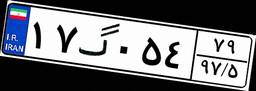
۱۷گ۰۵۴۷۹